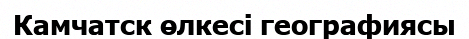
Камчатск өлкесі географиясы